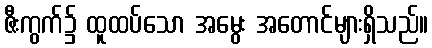
ဇီးကွက်၌ ထူထပ်သော အမွေး အတောင်များရှိသည်။